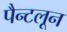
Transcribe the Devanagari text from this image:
पैन्टलून